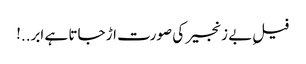
فیلِ بے زنجیر کی صورت اڑ جاتا ہے ابر..!